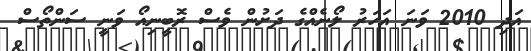
އަދި 2010 ވަނަ އަހަރު ލޯނެއްގެ ދަށުން ވެސް ރޮބީނިއޯ ވަނީ ސަންތޯސް